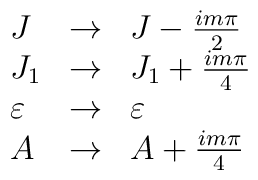
\begin{array}{lll} J            & \rightarrow &  J   - {i m \pi \over 2} \\ J_1          & \rightarrow &  J_1 + {i m \pi \over 4} \\ \varepsilon  & \rightarrow &  \varepsilon               \\ A            & \rightarrow &  A   + {i m \pi  \over 4}\end{array}